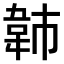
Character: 𫖍